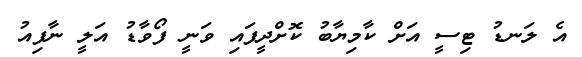
އެ ލަނޑު ޓިސީ އަށް ކާމިޔާބު ކޮށްދީފައި ވަނީ ފޯވާޑު އަލީ ނާފިއު